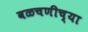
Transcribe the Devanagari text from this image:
वळचणीच्या